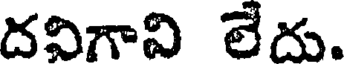
దవిగావి లేదు.